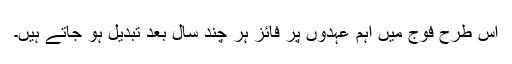
اس طرح فوج میں اہم عہدوں پر فائز ہر چند سال بعد تبدیل ہو جاتے ہیں۔